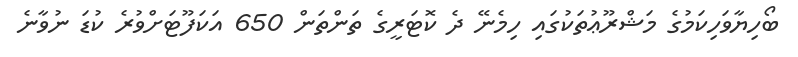
ބޯހިޔާވަހިކަމުގެ މަޝްރޫޢުތަކުގައި ހިމެނޭ ދެ ކޮޓަރީގެ ތަންތަން 650 އަކަފޫޓަށްވުރެ ކުޑަ ނުވާނެ